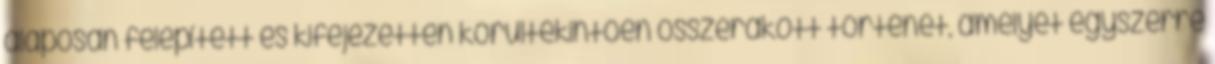
alaposan felépített és kifejezetten körültekintően összerakott történet, amelyet egyszerre